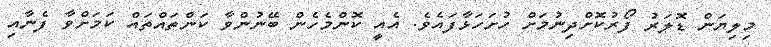
މިލިޔަން ޑޮލަރު ފޯރުކޮށްދިނުމަށް ހުށަހަޅާފައެވެ. އެއީ ކޮންމެހެން ބޭނުންވާ ކަންތައްތައް ކަމަށްވާ ފެނާއި